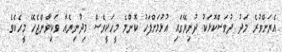
އެޔަށްވުރެ މަދު ދުވަސްކޮޅަކު ދުނިޔޭގައި އުޅުމަށްފަހު ކޮންމެ މީހަކީވެސް މިދުނިޔެއާ ވަކިވާންޖެހޭ މީހެކެވެ.